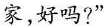
家，好吗？”